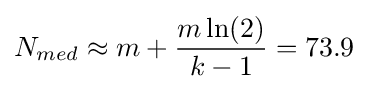
N_{med}\approx m+{\frac {m\ln(2)}{k-1}}=73.9